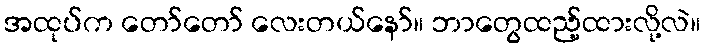
အထုပ်က တော်တော် လေးတယ်နော်။ ဘာတွေထည့်ထားလို့လဲ။